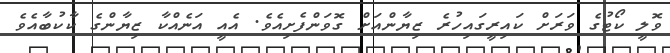
ވޮލީ ކޯޓުގެ ވަރަށް ކައިރީގައިހުރެ ޒިޔާންއަށް ގޮވަންފެށިއެވެ. އެއީ އަނެއްކާ ޒިޔާންގެ ކާކުބާއެވެ